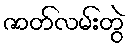
ဇာတ်လမ်းတွဲ